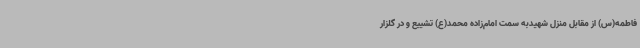
فاطمه(س) از مقابل منزل شهیدبه سمت امام‌زاده محمد(ع) تشییع و در گلزار